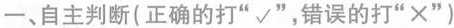
一、自主判断(正确的打“√”，错误的打“×”)